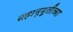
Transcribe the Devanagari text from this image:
सहानूभूतीच्या